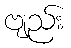
ဗျည်း